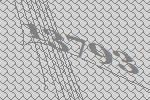
13793